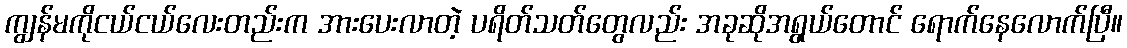
ကျွန်မကိုငယ်ငယ်လေးတည်းက အားပေးလာတဲ့ ပရိတ်သတ်တွေလည်း အခုဆိုအရွယ်တောင် ရောက်နေလောက်ပြီ။